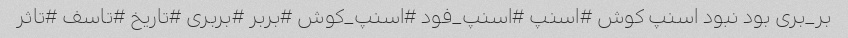
بر_بری بود نبود اسنپ کوش #اسنپ #اسنپ_فود #اسنپ_کوش #بربر #بربری #تاریخ #تاسف #تاثر